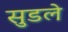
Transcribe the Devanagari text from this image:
सुडले